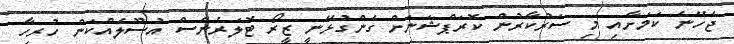
ޖެހޭނެ ކަމަށާއި މި ސަރުކާރުން ކޮރަޕްޝަނަށް ގެންގުޅޭނީ ޒީރޯ ޓޮލަރެންސް އުސޫލެއްކަން ހުރިހާ